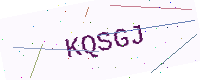
Text: KQSGJ